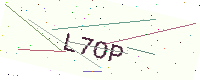
Text: L7OP